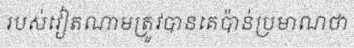
របស់វៀតណាមត្រូវបានគេប៉ាន់ប្រមាណថា